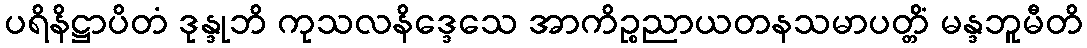
ပရိနိဋ္ဌာပိတံ ဒုန္ဒုဘိ ကုသလနိဒ္ဒေသေ အာကိဉ္စညာယတနသမာပတ္တိံ မန္ဒဘူမီတိ